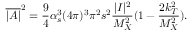
\overline { { { | { \cal A } | } } } ^ { 2 } = \frac { 9 } { 4 } \alpha _ { s } ^ { 3 } ( 4 \pi ) ^ { 3 } \pi ^ { 2 } s ^ { 2 } \frac { | { \cal I } | ^ { 2 } } { M _ { X } ^ { 2 } } ( 1 - \frac { 2 k _ { T } ^ { 2 } } { M _ { X } ^ { 2 } } ) .